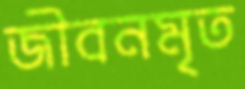
জীবনমৃত